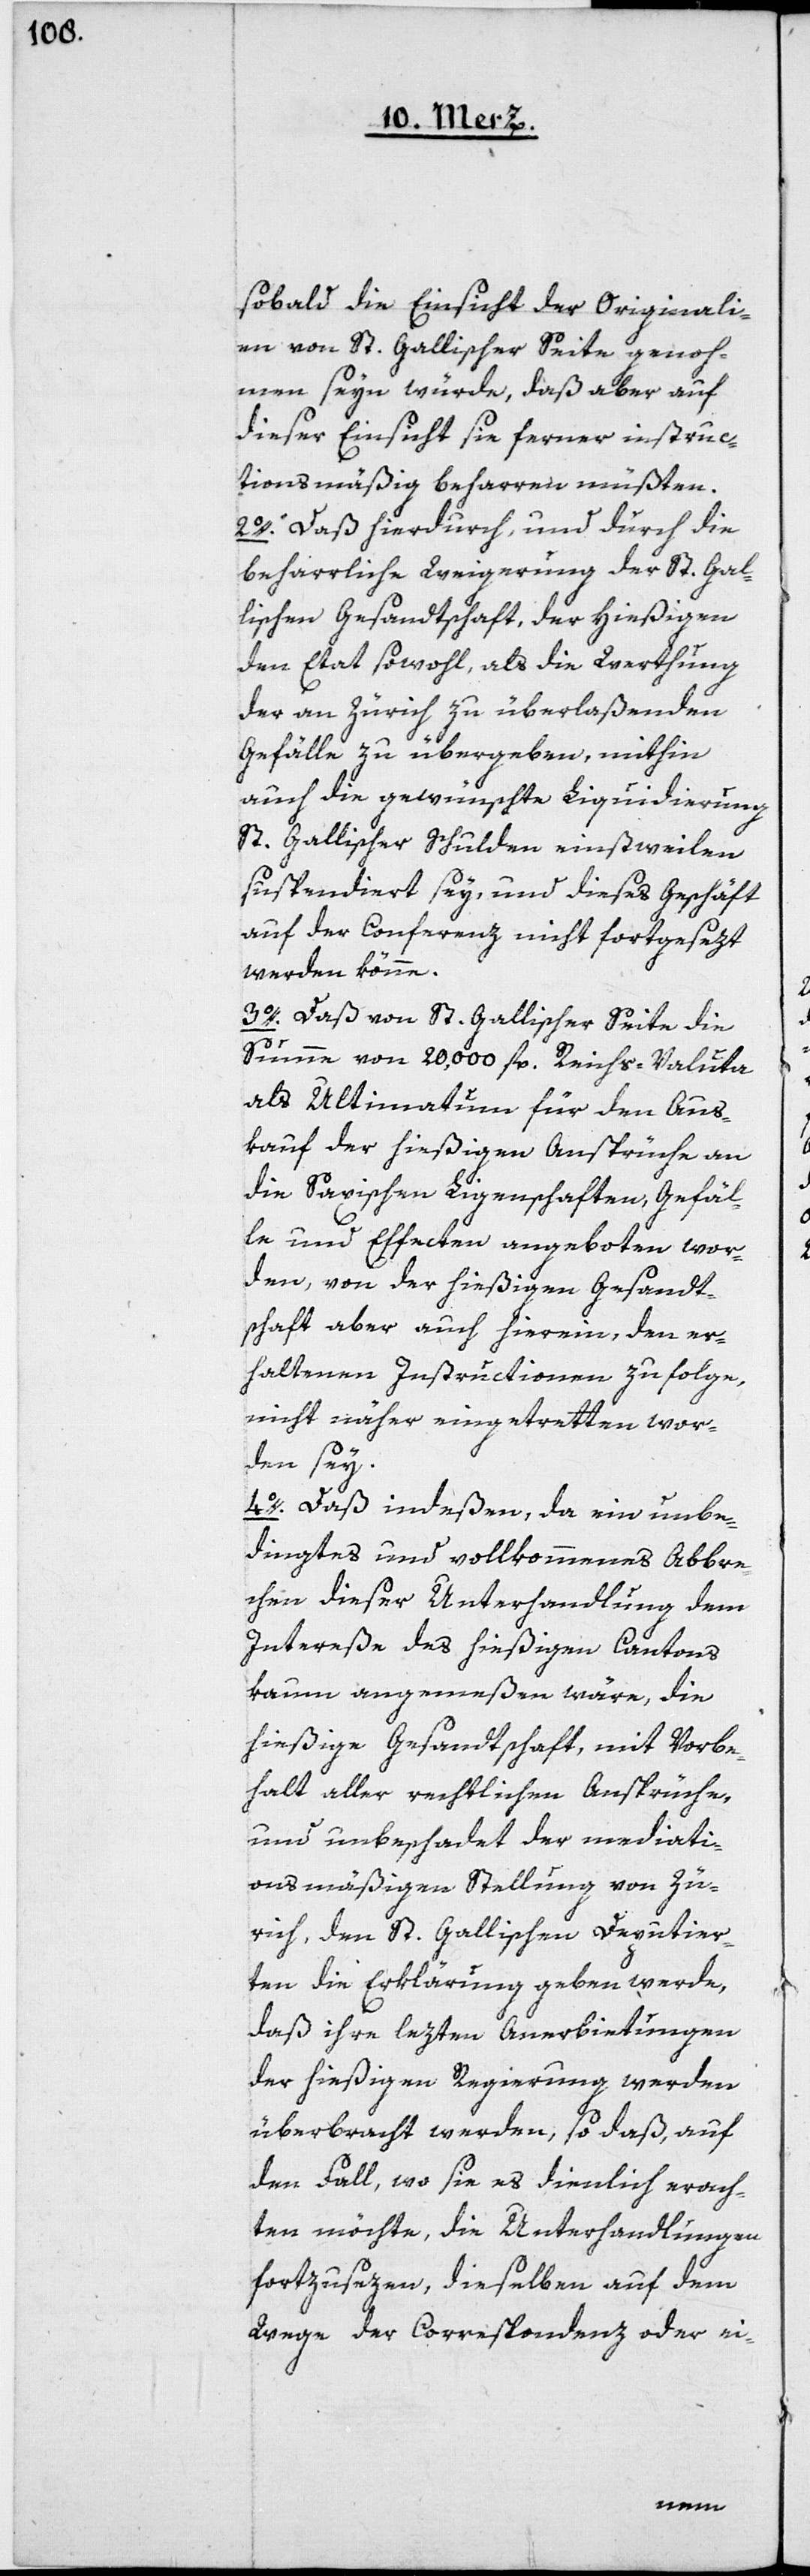
sobald die Einsicht der Originali¬
en von St. Gallischer Seite genoh¬
men seyn würde, daß aber auf
dieser Einsicht sie ferner instruc¬
tionsmäßig beharren müßten.
2o. Daß hierdurch, und durch die
beharrliche Weigerung der St. Gal¬
lischen Gesandtschaft, der Hießigen
den Etat sowohl, als die Werthung
der an Zürich zu überlaßenden
Gefälle zu übergeben, mithin
auch die gewünschte Liquidierung
St. Gallischer Schulden einstweilen
suspendiert sey, und dieses Geschäft
auf der Conferenz nicht fortgesezt
werden könne.
3o. Daß von St. Gallischer Seite die
Summe von 20,000 fl. Reichs-Valuta
als Ultimatum für den Aus¬
kauf der hießigen Ansprüche an
die Saxischen Ligenschaften, Gefäl¬
le und Effecten angeboten wor¬
den, von der hießigen Gesandt¬
schaft aber auch hierein, den er¬
haltenen Instructionen zufolge,
nicht näher eingetretten wor¬
den sey.
4o. Daß indeßen, da ein unbe¬
dingtes und vollkommenes Abbre¬
chen dieser Unterhandlung dem
Intereße des hießigen Cantons
kaum angemeßen wäre, die
hießige Gesandtschaft, mit Vorbe¬
halt aller rechtlichen Ansprüche,
und unbeschadet der mediati¬
onsmäßigen Stellung von Zü¬
rich, den St. Gallischen Deputier¬
ten die Erklärung geben werde,
daß ihre lezten Anerbietungen
der hießigen Regierung werden
überbracht werden, so daß, auf
den Fall, wo sie es dienlich erach¬
ten möchte, die Unterhandlungen
fortzusezen, dieselben auf dem
Wege der Correspondenz oder ei-